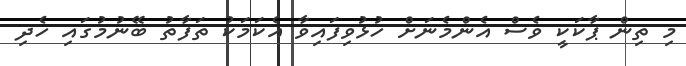
މި ތިން ޕާކަކީ ވެސް އެންމެނަށް ހުޅުވިފައިވާ އެކަމަކު ތަފާތު ބޭނުމުގައި ހެދި